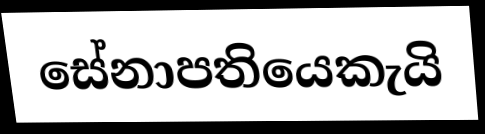
සේනාපතියෙකැයි